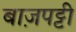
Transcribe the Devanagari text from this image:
बाज़पट्टी